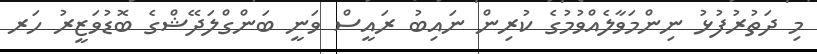
މި ދަތުރުފުޅު ނިންމަވާލެއްވުމުގެ ކުރިން ނައިބު ރައީސް ވަނީ ބަންގްލަދޭޝްގެ ބޮޑުވަޒީރު ހަރ